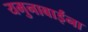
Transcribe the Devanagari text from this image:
यमुनाबाईंना